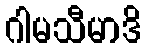
ဂါမသီမာဒိ